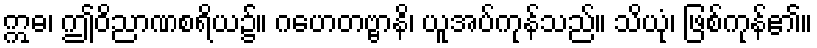
ဣဓ၊ ဤဝိညာဏစရိယ၌။ ဂဟေတဗ္ဗာနိ၊ ယူအပ်ကုန်သည်။ သိယုံ၊ ဖြစ်ကုန်၏။